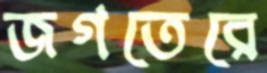
জগতেরে